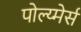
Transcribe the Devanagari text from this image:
पोल्य्मेर्स